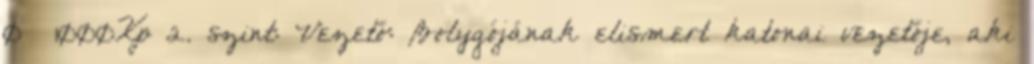
0 1000Xp 2. szint: Vezető: Bolygójának elismert katonai vezetője, aki